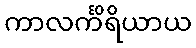
ကာလင်္ကိရိယာယ